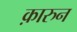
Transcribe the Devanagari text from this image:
क़ारुन